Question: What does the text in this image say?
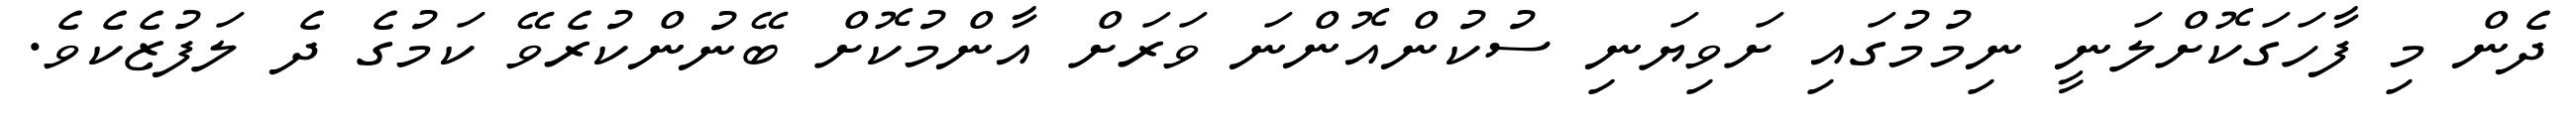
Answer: ދެން މި ފާހަގަކޮށްލަނީ ނިމުމުގައި ށަވިޔަނި ސުކުންއޮންނަ ވަރަށް އާންމުކޮށް ބޭނުންކުރެވޭ ކަމުގެ ދެ ލަފުޒެކެވެ.